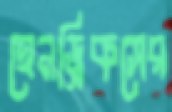
হেনড্রিকসের